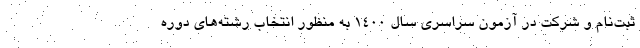
ثبت‌نام و شرکت در آزمون سراسری سال ۱۴۰۰ به منظور انتخاب رشته‌های دوره